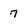
Character: 7